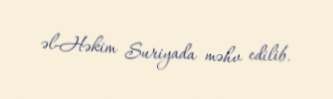
əl-Həkim Suriyada məhv edilib.